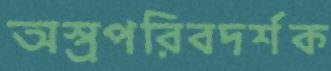
অস্ত্রপরিবদর্শক